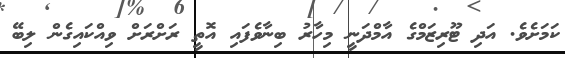
ކަމަށެވެ. އަދި ޓޫރިޒަމްގެ އާމްދަނީ މިހާރު ބިނާވެފައި އޮތީ ރަށްރަށް ވިއްކައިގެން ލިބޭ